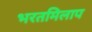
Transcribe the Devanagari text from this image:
भरतमिलाप